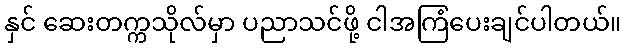
နှင် ဆေးတက္ကသိုလ်မှာ ပညာသင်ဖို့ ငါအကြံပေးချင်ပါတယ်။